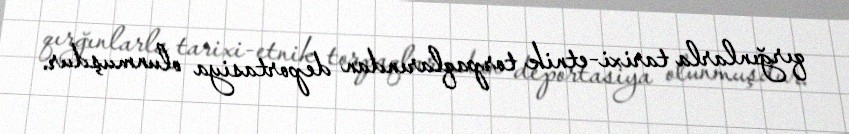
qırğınlarla tarixi-etnik torpaqlarından deportasiya olunmuşdur.